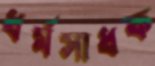
ধর্মসাধক